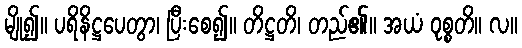
မျို၍။ ပရိနိဋ္ဌပေတွာ၊ ပြီးစေ၍။ တိဋ္ဌတိ၊ တည်၏။ အယံ ဝုစ္စတိ။ လ။